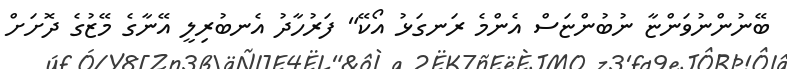
ބޭނުންނުވަންޏާ ނުބުންޏަސް އެންމެ ރަނގަޅު އޯކޭ" ފަރުހާދު އެނބުރިލީ އޭނާގެ މޭޒުގެ ދޮށަށް